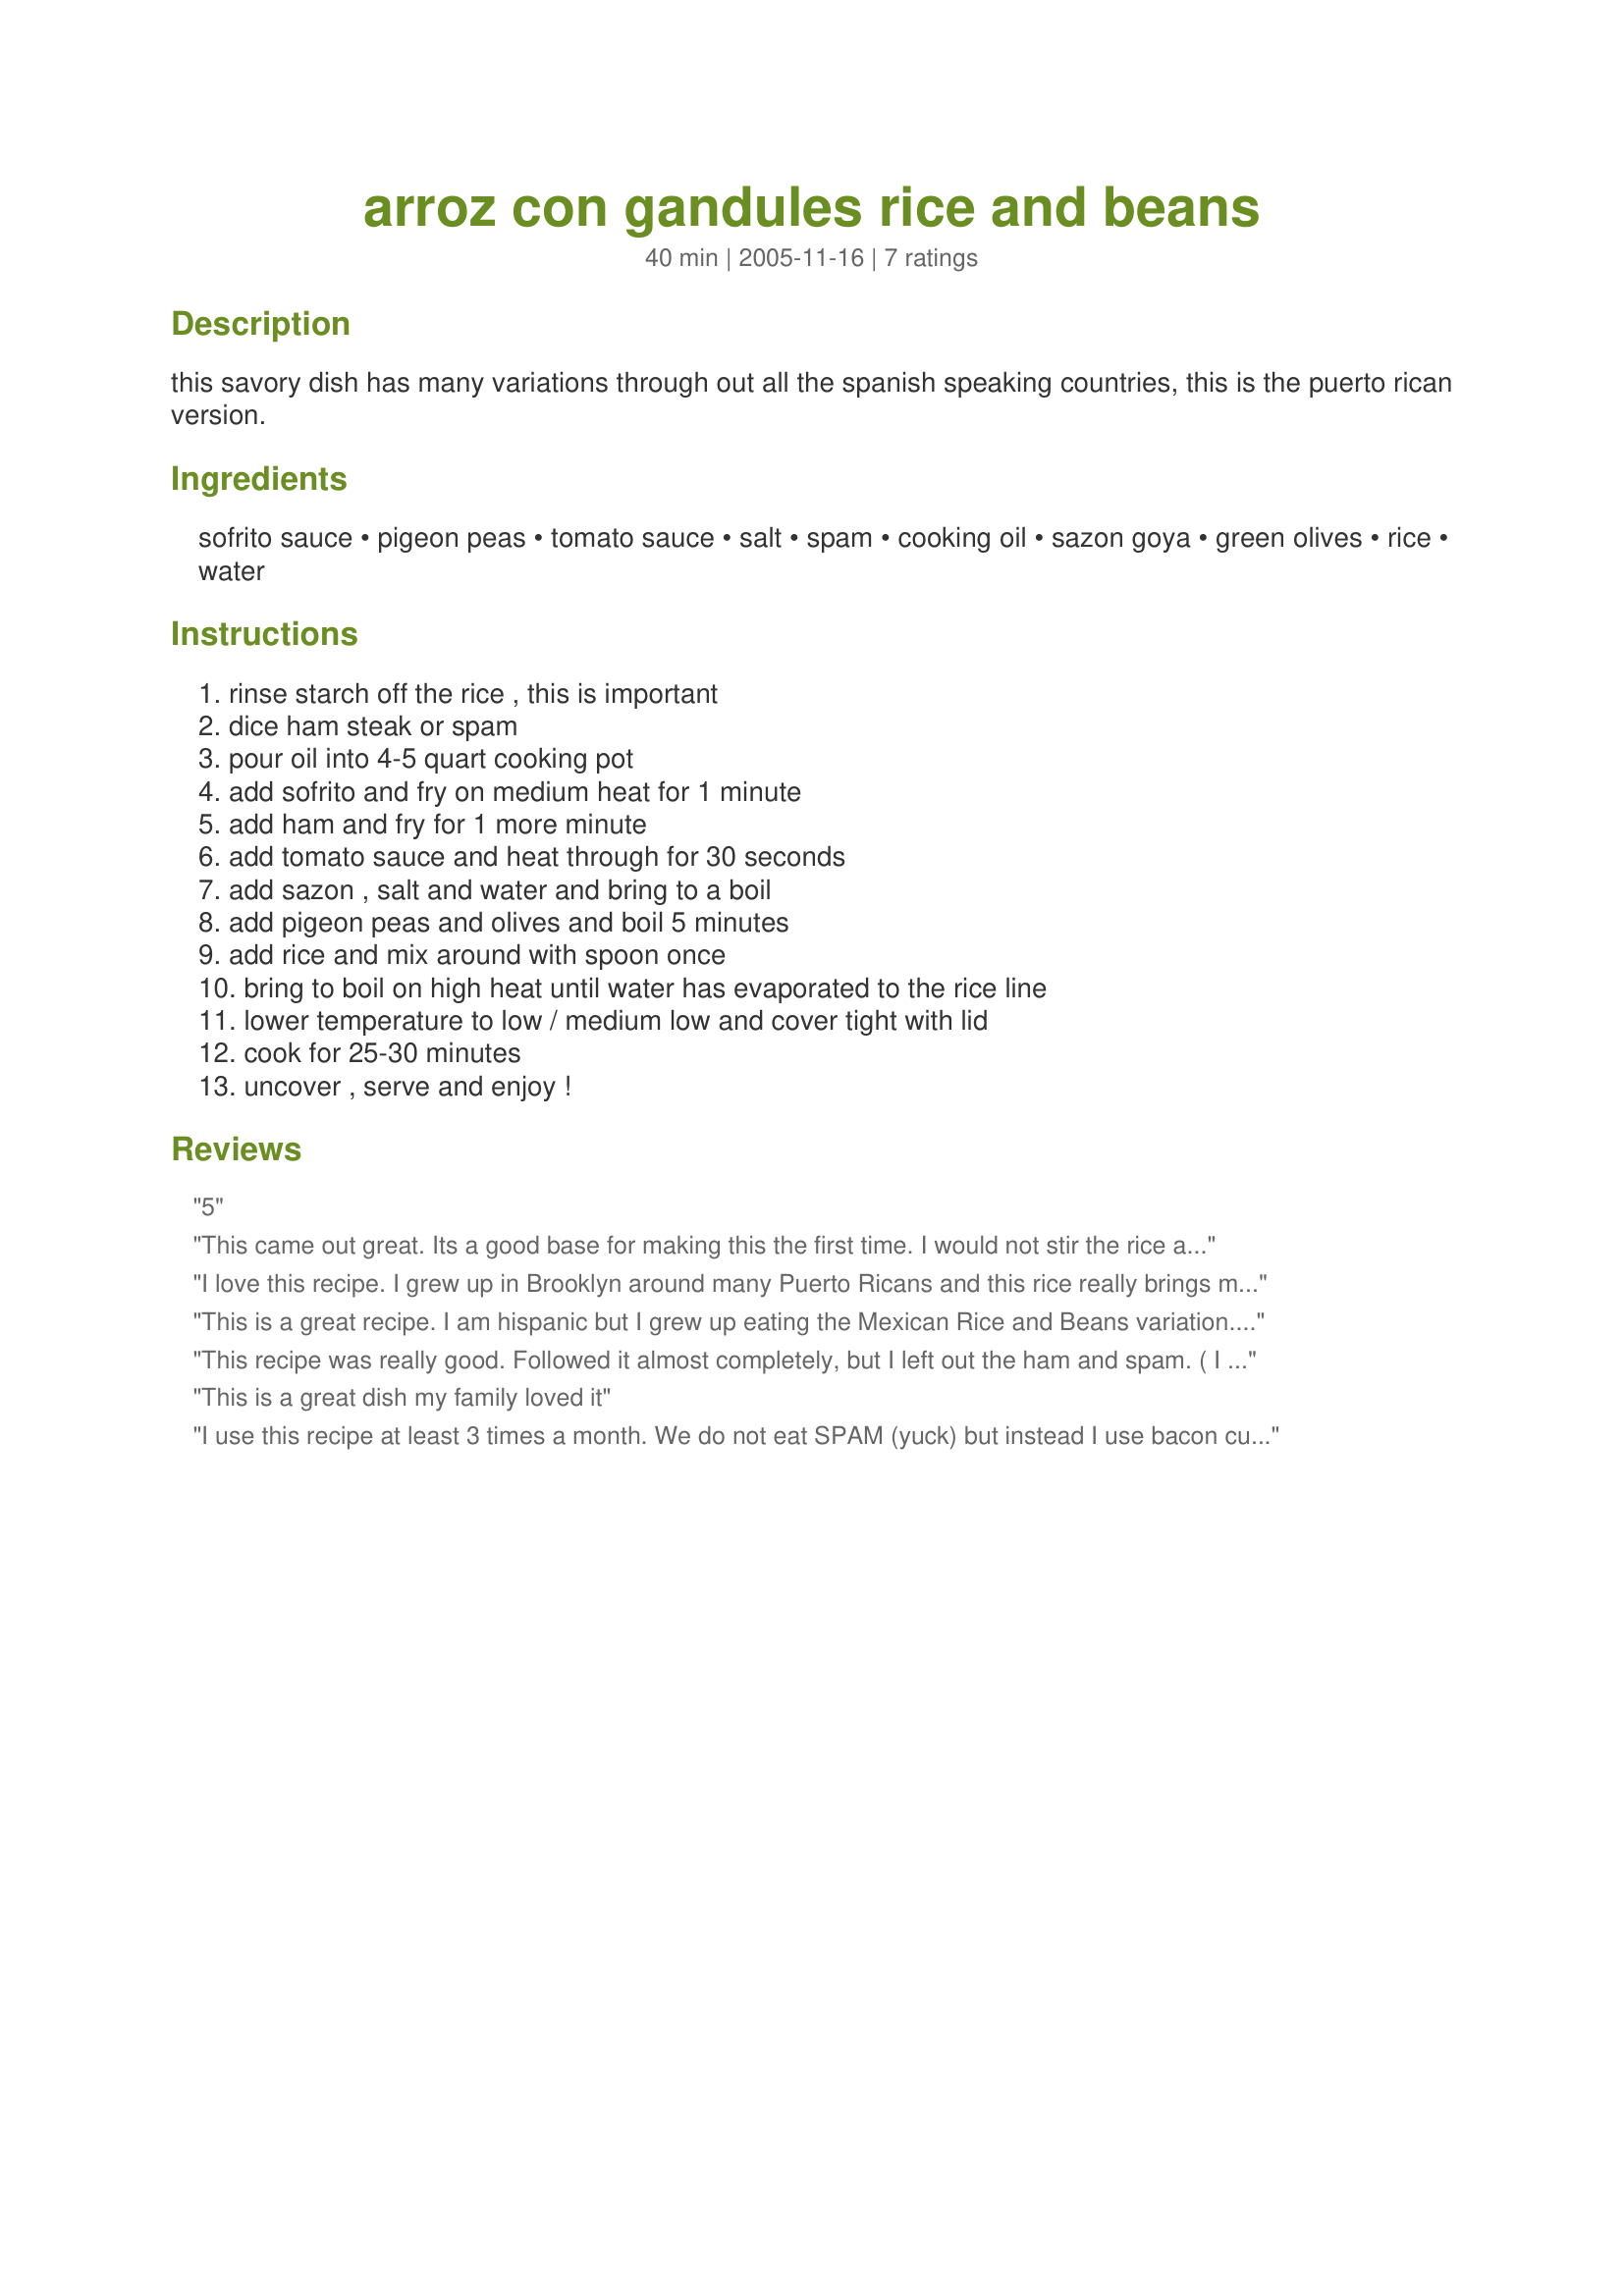
arroz con gandules rice and beans
Preparation time: 40 minutes

this savory dish has many variations through out all the spanish speaking countries, this is the puerto rican version.

Ingredients:
sofrito sauce, pigeon peas, tomato sauce, salt, spam, cooking oil, sazon goya, green olives, rice, water

Steps:
rinse starch off the rice , this is important, dice ham steak or spam, pour oil into 4-5 quart cooking pot, add sofrito and fry on medium heat for 1 minute, add ham and fry for 1 more minute, add tomato sauce and heat through for 30 seconds, add sazon , salt and water and bring to a boil, add pigeon peas and olives and boil 5 minutes, add rice and mix around with spoon once, bring to boil on high heat until water has evaporated to the rice line, lower temperature to low / medium low and cover tight with lid, cook for 25-30 minutes, uncover , serve and enjoy !

Reviews:
5
This came out great. Its a good base for making this the first time. 
I would not stir the rice as mentioned in the recipe. I learned that you know you have equal amt of water to rice when a wooden spoon can stick up straight when you place it in the middle of the rice. I boiled it down to the rice line as mentioned and then placed it on low for 25min.
I love this recipe. I grew up in Brooklyn around many Puerto Ricans and this rice really brings me back. We have it on a regular basis at out house.
This is a great recipe. I am hispanic but I grew up eating the Mexican Rice and Beans variation...with pinto beans and yellow rice. I really enjoyed this Puerto Rican Version. Simply Great!
This recipe was really good. Followed it almost completely, but I left out the ham and spam. ( I don't like either and wasn't sure what to substitute.) Tasted pretty much how I expected. I would have liked it to have a little more POW! Next time I'll just add more of the spices.
This is a great dish my family loved it
I use this recipe at least 3 times a month. We do not eat SPAM (yuck) but instead I use bacon cut in little peices. Like 3 strips of the really good thick fresh kind. Instead of the cooking oil, just use 2 T of the bacon grease. It adds a smokiness to the rice. A little hot sauce beforeyou add the rice and DO NOT STIR. My 4 kid loves it!
